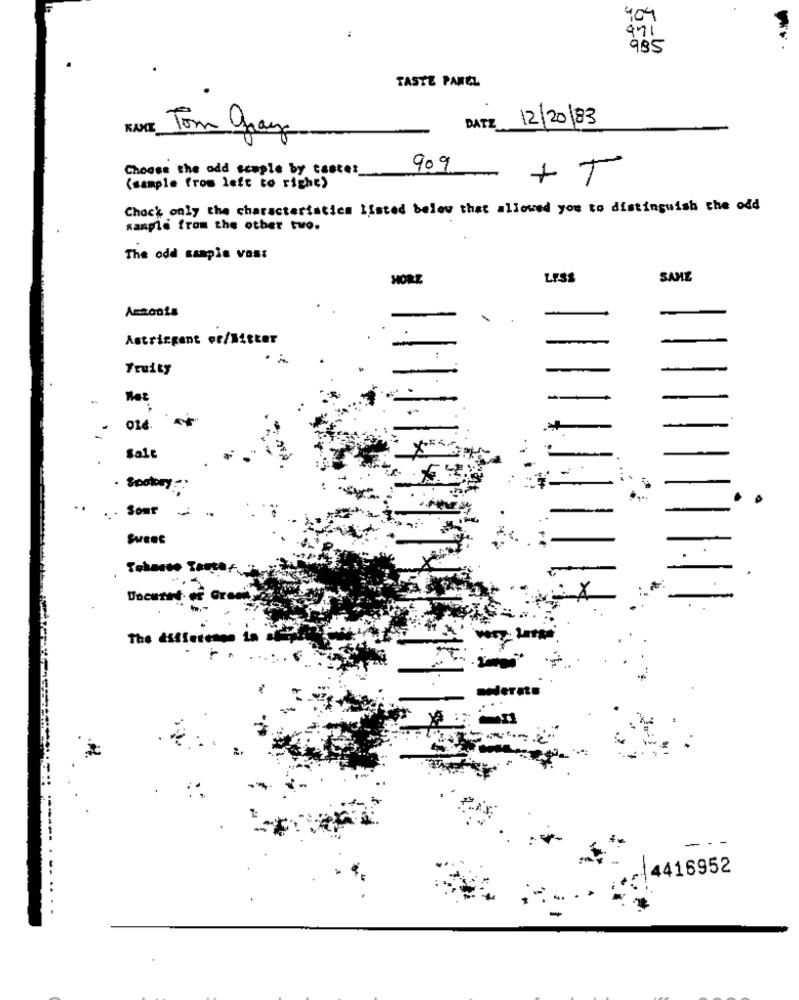
4.04
971
985
TASTE PANEL
FACE Tom gray
DATE 12/20/83
Choose the odd souple by taster
909
(sample from left to right)
++
Chock only the characteristics listed below that allowed you to distinguish the odd
sample from the other two.
The odd sampie vos:
HORZ
LESS
SAME
Astringent or/Mitter
Fruity
-
Salt
.. . Somt
Sweet
The
4416952